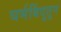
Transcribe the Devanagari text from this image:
घर्मबिंदूतून